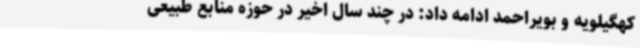
کهگیلویه و بویراحمد ادامه داد: در چند سال اخیر در حوزه منابع طبیعی